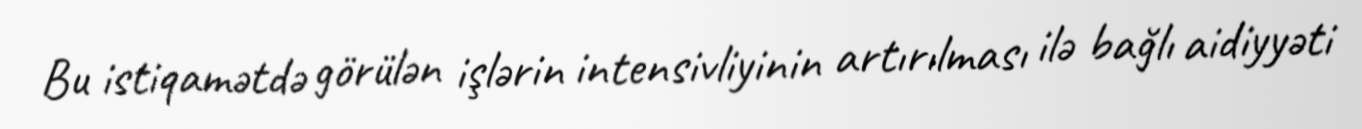
Bu istiqamətdə görülən işlərin intensivliyinin artırılması ilə bağlı aidiyyəti